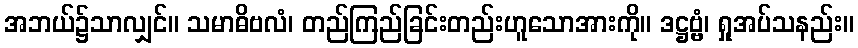
အဘယ်၌သာလျှင်။ သမာဓိဗလံ၊ တည်ကြည်ခြင်းတည်းဟူသောအားကို။ ဒဋ္ဌဗ္ဗံ၊ ရှုအပ်သနည်း။